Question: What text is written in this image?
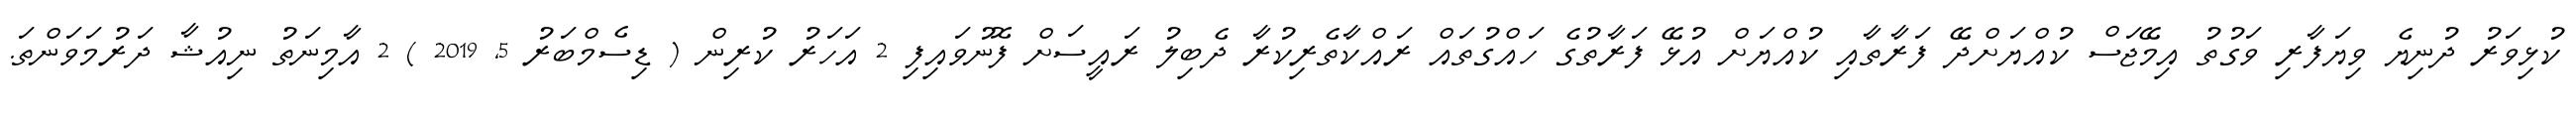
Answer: ކުޅިވަރު ދުނިޔެ ވިޔަފާރި ވަގުތު އިމޭޖަސް ކުއްޔަށްދޭ ފަރާތާއި ކުއްޔަށް އުޅޭ ފަރާތުގެ ހައްގުތައް ރައްކާތެރިކުރާ ދެބިލު ރައީސަށް ފޮނުވައިފި 2 އަހަރު ކުރިން ( ޑިސެމްބަރު 5, 2019 ) 2 އާމިނަތު ނިއުޝާ ދަރުމަވަންތަ.